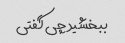
ببخشید چی گفتی